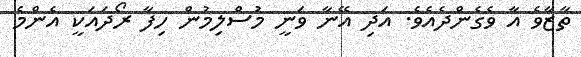
ތާޒާވެ އާ ވެގެންދެއެވެ. އަދި އޭނާ ވަނީ މުސްލިމުން ހިފާ ރޯދައަކީ އެންމެ